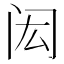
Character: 闳